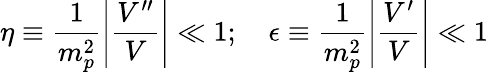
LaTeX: \eta\equiv\frac{1}{m_{p}^{2}}\left|\frac{V^{\prime\prime}}{V}\right|\ll 1;~~~~\epsilon\equiv\frac{1}{m_{p}^{2}}\left|\frac{V^{\prime}}{V}\right|\ll 1